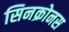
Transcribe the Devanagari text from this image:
सिनक्रोनस